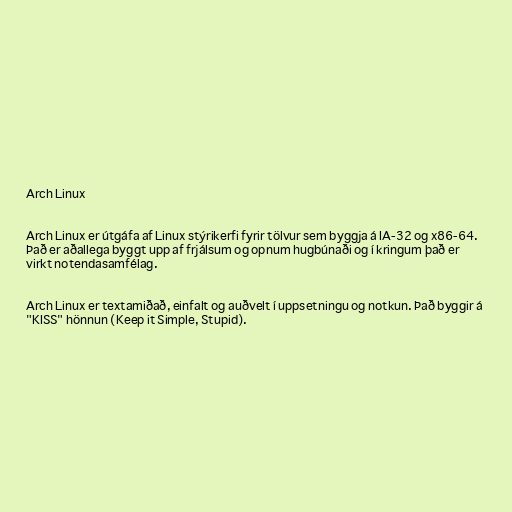
Arch Linux

Arch Linux er útgáfa af Linux stýrikerfi fyrir tölvur sem byggja á IA-32 og x86-64.
Það er aðallega byggt upp af frjálsum og opnum hugbúnaði og í kringum það er
virkt notendasamfélag.

Arch Linux er textamiðað, einfalt og auðvelt í uppsetningu og notkun. Það byggir á
"KISS" hönnun (Keep it Simple, Stupid).